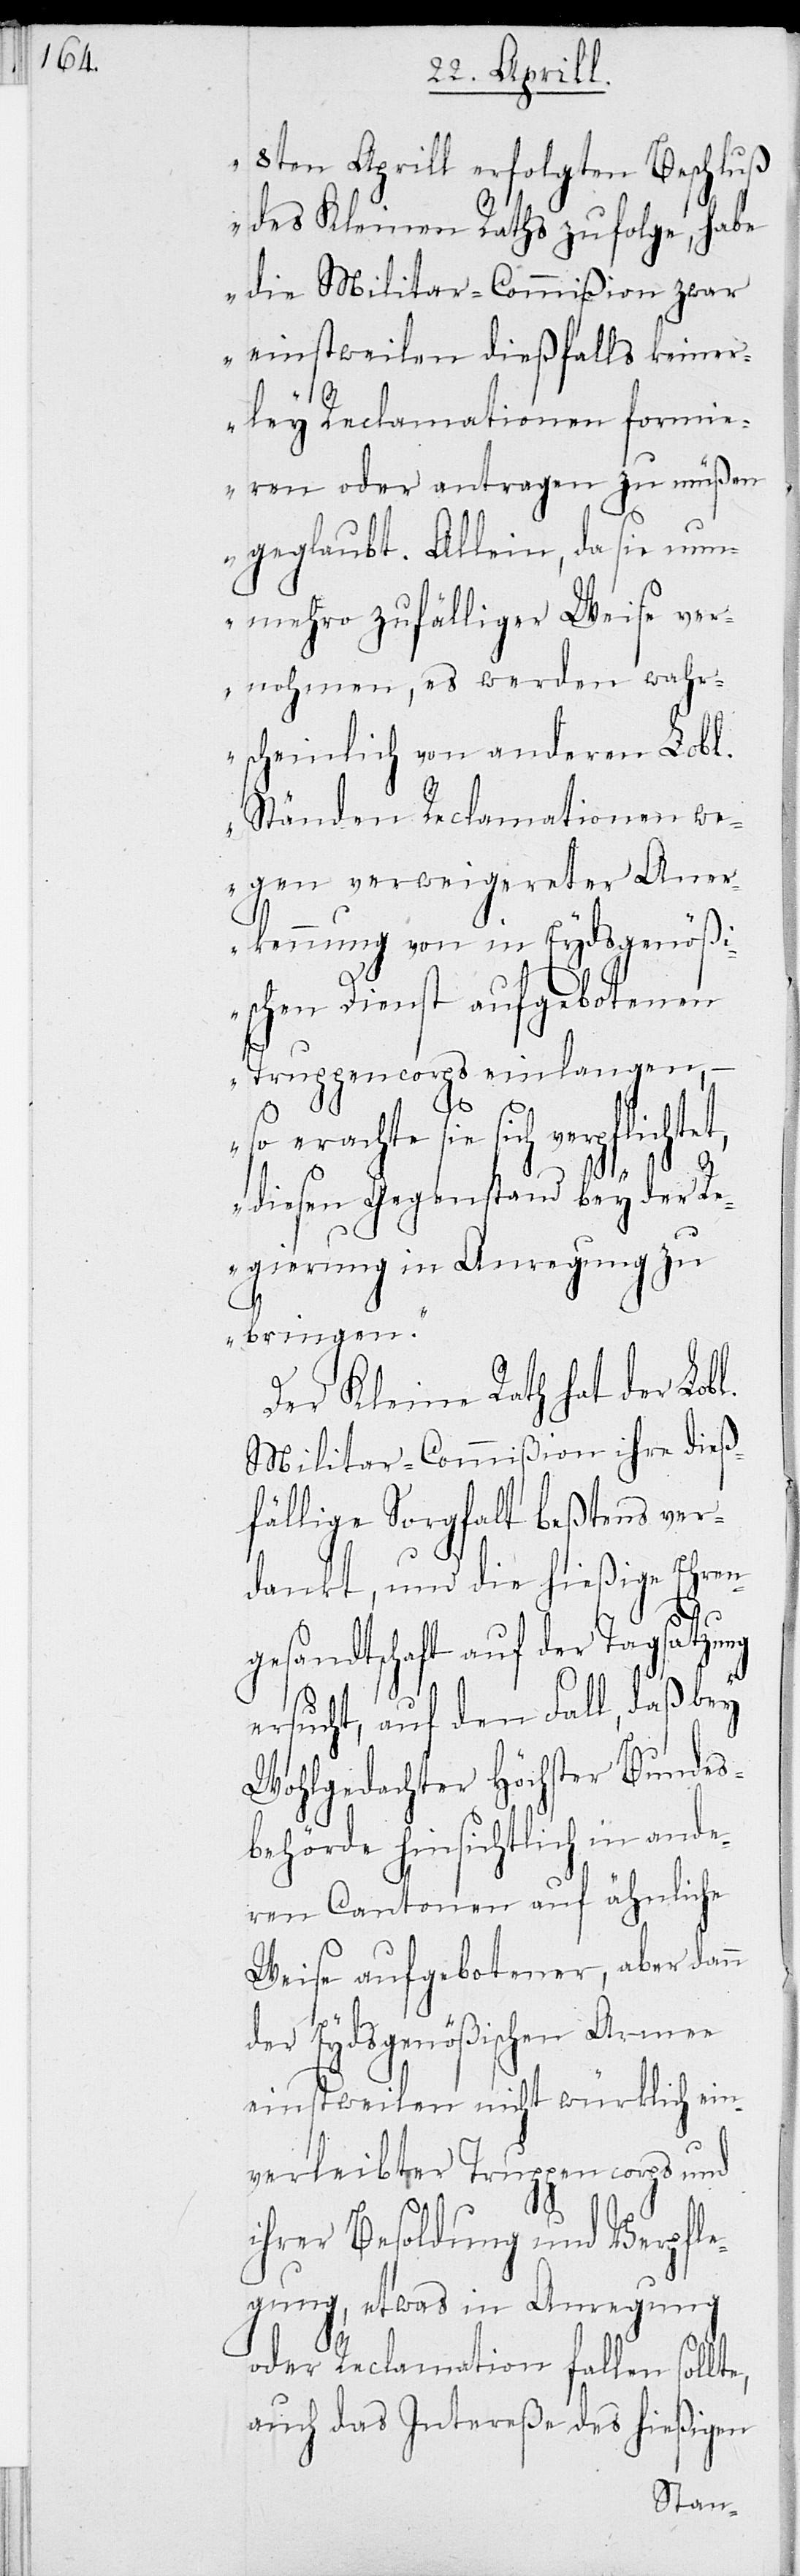
8ten Aprill erfolgten Beschluß
des Kleinen Raths zufolge, habe
die Militar-Commißion zwar
einstweilen dießfalls keiner¬
ley Reclamationen formie¬
ren oder antragen zu müßen
geglaubt. Allein, da sie nun¬
mehro zufälliger Weise ver¬
nohmen, es werde wahr¬
scheinlich von anderen Lobl.
Ständen Reclamationen we¬
gen verweigerter Aner¬
kennung von in Eydsgenößi¬
schen Dienst aufgebotenen
Truppencorps einlangen,
– so erachte sie sich verpflichtet,
diesen Gegenstand bey der Re¬
gierung in Anregung zu
bringen.
Der Kleine Rath hat der Lobl.
Militar-Commißion ihre dieß¬
fällige Sorgfalt beßtens ver¬
dankt, und die hießige Ehren¬
te,
gesandtschaft auf der Tagsatzung
ersucht, auf den Fall, daß bey
Wohlgedachter Höchster Bundes¬
behörde hinsichtlich in ande¬
ren Cantonen auf ähnliche
Weise aufgebotener, aber dann
der Eydsgenößischen Armee
einstweilen nicht würklich ein¬
verleibter Truppencorps und
ihrer Besoldung und Verpfle¬
gung, etwas in Anregung
oder Reclamation fallen soll¬
auch das Intereße des hießigen